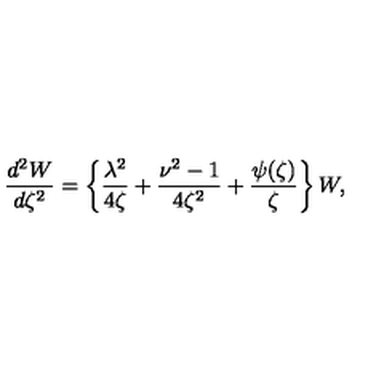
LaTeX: \frac { d ^ { 2 } W } { d \zeta ^ { 2 } } = \left\{ \frac { \lambda ^ { 2 } } { 4 \zeta } + \frac { \nu ^ { 2 } - 1 } { 4 \zeta ^ { 2 } } + \frac { \psi ( \zeta ) } { \zeta } \right\} W ,